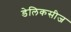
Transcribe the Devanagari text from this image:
डेलिकसीज